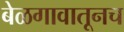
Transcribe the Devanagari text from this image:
बेळगावातूनच